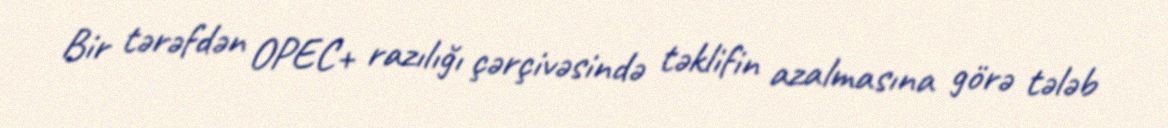
Bir tərəfdən OPEC+ razılığı çərçivəsində təklifin azalmasına görə tələb